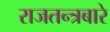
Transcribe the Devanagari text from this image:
राजतन्त्रबारे